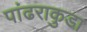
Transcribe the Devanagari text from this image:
पांढराकुडा